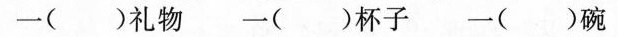
一( )礼物 一( )杯子 一( )碗